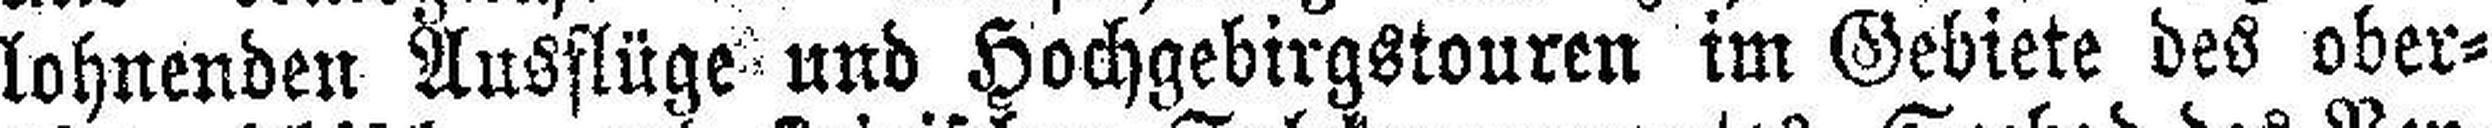
lohnenden Ausflüge und Hochgebirgstouren im Gebiete des ober¬